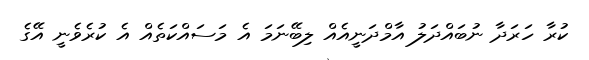
ކުރާ ހަރަދާ ނުބައްދަލު އާމްދަނީއެއް ލިބޭނަމަ އެ މަސައްކަތެއް އެ ކުރެވެނީ އޭގެ